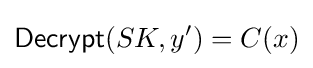
{\mathsf {Decrypt}}(SK,y')=C(x)